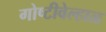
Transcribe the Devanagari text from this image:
गोष्टीवेल्हाळ